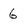
Character: 6